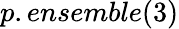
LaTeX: p.ensemble(3)